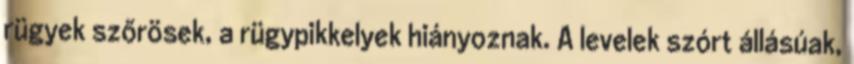
rügyek szőrösek, a rügypikkelyek hiányoznak. A levelek szórt állásúak,